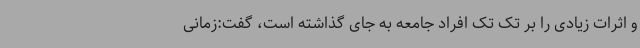
و اثرات زیادی را بر تک تک افراد جامعه به جای گذاشته است، گفت:زمانی